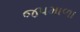
જપમાળા